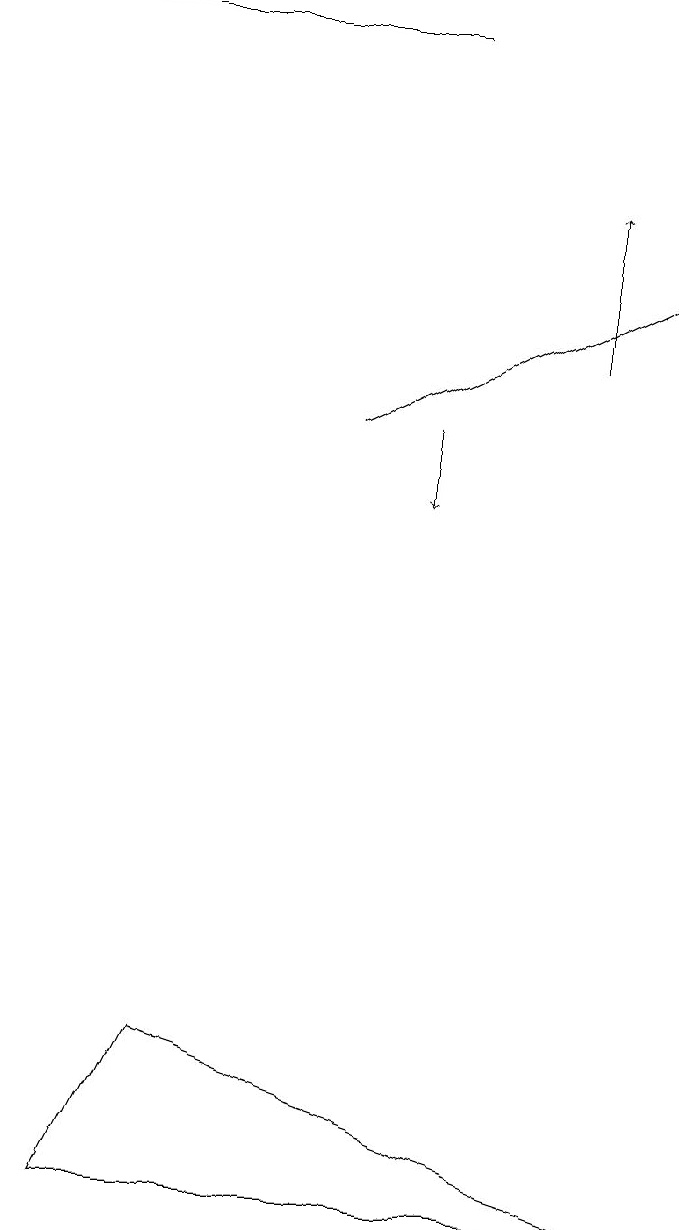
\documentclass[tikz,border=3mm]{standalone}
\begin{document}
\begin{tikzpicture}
\draw (5,19) rectangle (0,19);
\draw (1,4) -- (8,4) -- (2,6) -- cycle;
\draw[->] (4,14) -- (8,16);
\draw[->] (7,15) -- (7,17);
\draw[->] (5,14) -- (5,13);
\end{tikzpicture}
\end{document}